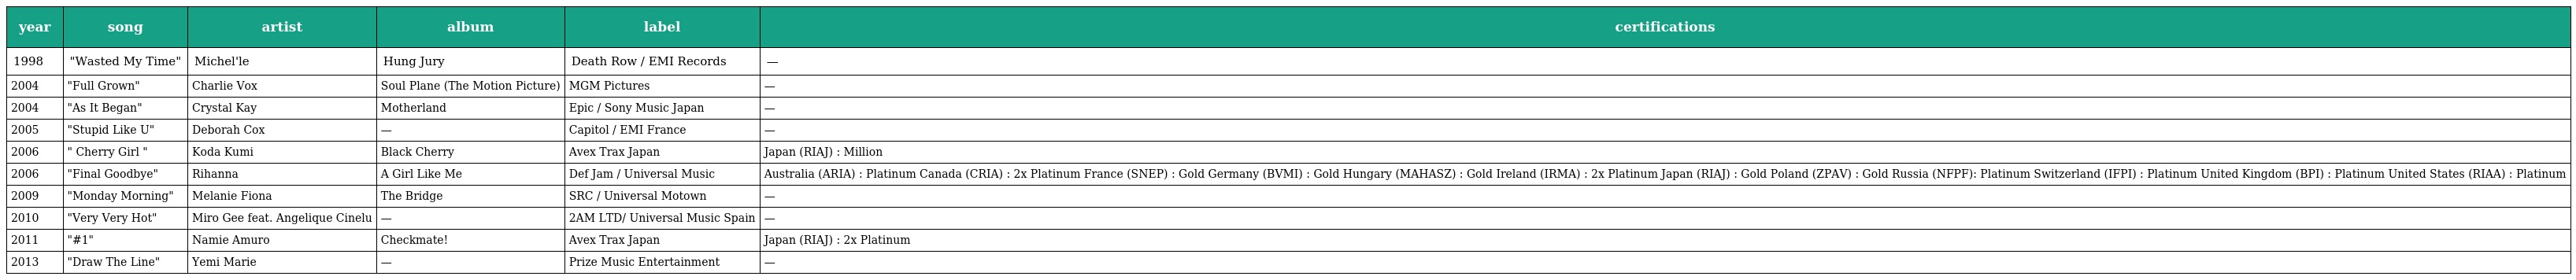
| year | song | artist | album | label | certifications |
 | --- | --- | --- | --- | --- | --- |
 | 1998 | "Wasted My Time" | Michel'le | Hung Jury | Death Row / EMI Records | — |
 | 2004 | "Full Grown" | Charlie Vox | Soul Plane (The Motion Picture) | MGM Pictures | — |
 | 2004 | "As It Began" | Crystal Kay | Motherland | Epic / Sony Music Japan | — |
 | 2005 | "Stupid Like U" | Deborah Cox | — | Capitol / EMI France | — |
 | 2006 | " Cherry Girl " | Koda Kumi | Black Cherry | Avex Trax Japan | Japan (RIAJ) : Million |
 | 2006 | "Final Goodbye" | Rihanna | A Girl Like Me | Def Jam / Universal Music | Australia (ARIA) : Platinum Canada (CRIA) : 2x Platinum France (SNEP) : Gold Germany (BVMI) : Gold Hungary (MAHASZ) : Gold Ireland (IRMA) : 2x Platinum Japan (RIAJ) : Gold Poland (ZPAV) : Gold Russia (NFPF): Platinum Switzerland (IFPI) : Platinum United Kingdom (BPI) : Platinum United States (RIAA) : Platinum |
 | 2009 | "Monday Morning" | Melanie Fiona | The Bridge | SRC / Universal Motown | — |
 | 2010 | "Very Very Hot" | Miro Gee feat. Angelique Cinelu | — | 2AM LTD/ Universal Music Spain | — |
 | 2011 | "#1" | Namie Amuro | Checkmate! | Avex Trax Japan | Japan (RIAJ) : 2x Platinum |
 | 2013 | "Draw The Line" | Yemi Marie | — | Prize Music Entertainment | — |